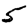
Digit: 5